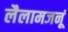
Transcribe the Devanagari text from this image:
लैलामजनूं